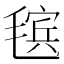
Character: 𰚬